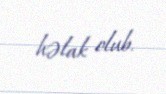
həlak olub.